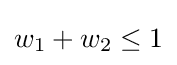
w_{1}+w_{2}\leq 1